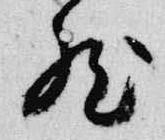
然